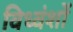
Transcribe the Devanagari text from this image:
विध्वंशों